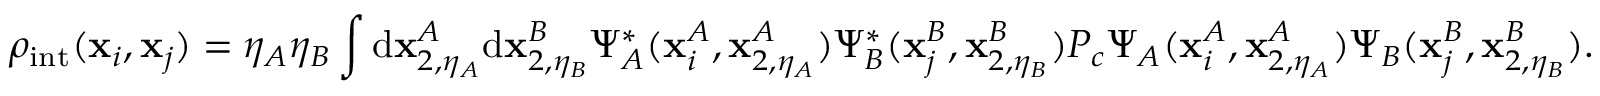
\rho _ { \mathrm { i n t } } ( \mathbf { x } _ { i } , \mathbf { x } _ { j } ) = \eta _ { A } \eta _ { B } \int \mathrm { d } \mathbf { x } _ { 2 , \eta _ { A } } ^ { A } \mathrm { d } \mathbf { x } _ { 2 , \eta _ { B } } ^ { B } \Psi _ { A } ^ { * } ( \mathbf { x } _ { i } ^ { A } , \mathbf { x } _ { 2 , \eta _ { A } } ^ { A } ) \Psi _ { B } ^ { * } ( \mathbf { x } _ { j } ^ { B } , \mathbf { x } _ { 2 , \eta _ { B } } ^ { B } ) P _ { c } \Psi _ { A } ( \mathbf { x } _ { i } ^ { A } , \mathbf { x } _ { 2 , \eta _ { A } } ^ { A } ) \Psi _ { B } ( \mathbf { x } _ { j } ^ { B } , \mathbf { x } _ { 2 , \eta _ { B } } ^ { B } ) .